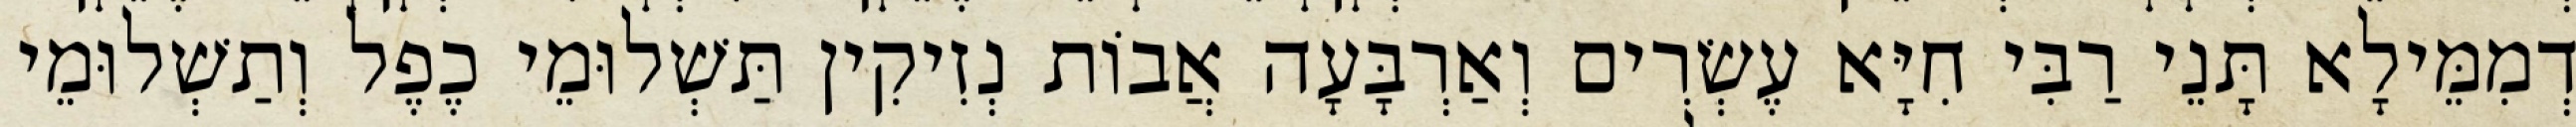
דְמִמֵּילָא תָּנֵי רַבִּי חִיָּא עֶשְׂרִים וְאַרְבָּעָה אֲבוֹת נְזִיקִין תַּשְׁלוּמֵי כֶפֶל וְתַשְׁלוּמֵי